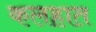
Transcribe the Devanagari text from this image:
कलहात